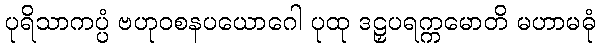
ပုရိသာကပ္ပံ ဗဟုဝစနပယောဂေါ ပုထု ဒဠှပရက္ကမောတိ မဟာမဓုံ